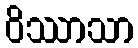
ဝိဿာသာ